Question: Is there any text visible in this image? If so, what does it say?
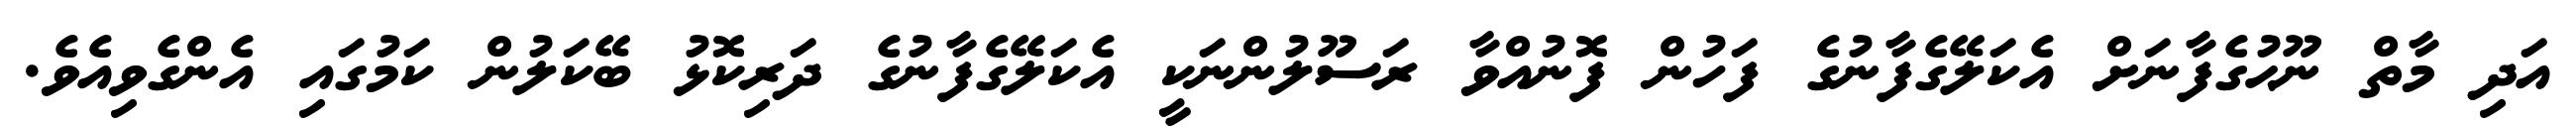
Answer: އަދި މާތް ނޫޙުގެފާނަށް އެކަލޭގެފާނުގެ ފަހުން ފޮނުއްވާ ރަސޫލުންނަކީ އެކަލޭގެފާނުގެ ދަރިކޮޅު ބޭކަލުން ކަމުގައި އެންގެވިއެވެ.